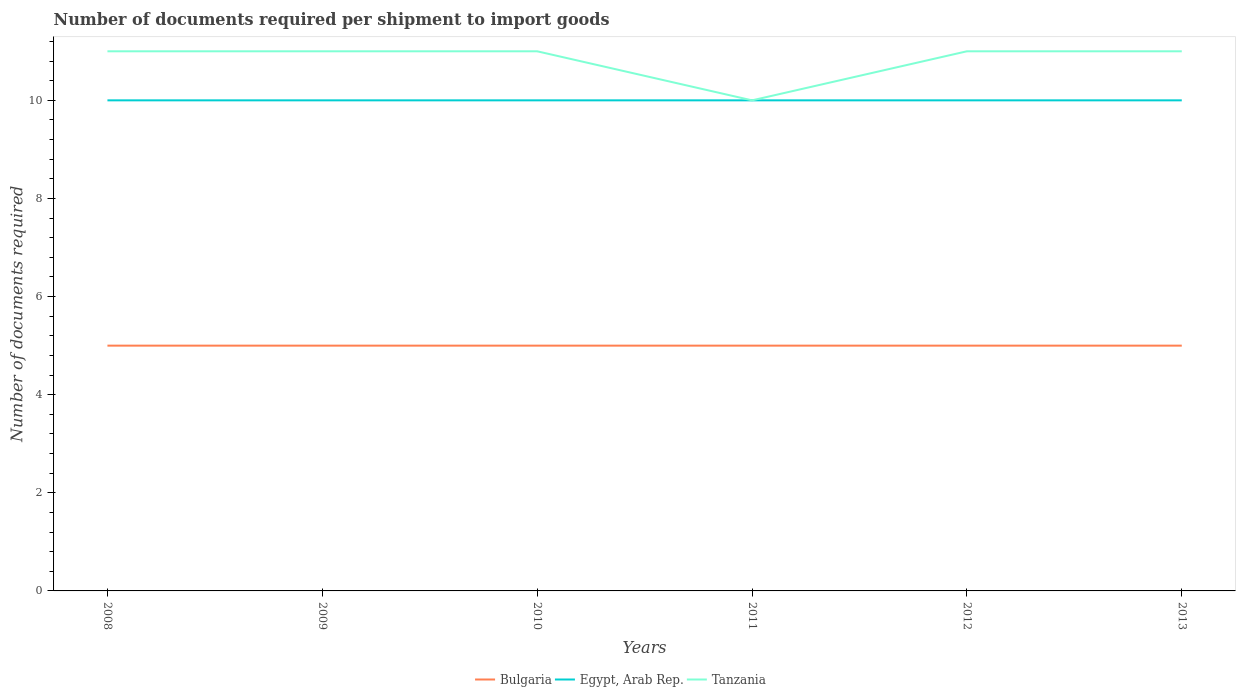
| Years | Bulgaria | Egypt, Arab Rep. | Tanzania |
 | --- | --- | --- | --- |
 | 2008 | 5 | 10 | 11 |
 | 2009 | 5 | 10 | 11 |
 | 2010 | 5 | 10 | 11 |
 | 2011 | 5 | 10 | 10 |
 | 2012 | 5 | 10 | 11 |
 | 2013 | 5 | 10 | 11 |